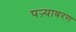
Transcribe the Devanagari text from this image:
पऱ्यावरण